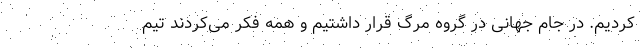
کردیم. در جام جهانی در گروه مرگ قرار داشتیم و همه فکر می‌کردند تیم